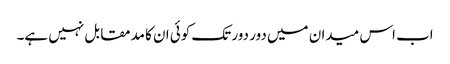
اب اس میدان میں دور دور تک کوئی ان کا مدمقابل نہیں ہے۔